Plague in India, 1896, 1897 - Volume 3
Year: 1896
Disease focus: Plague
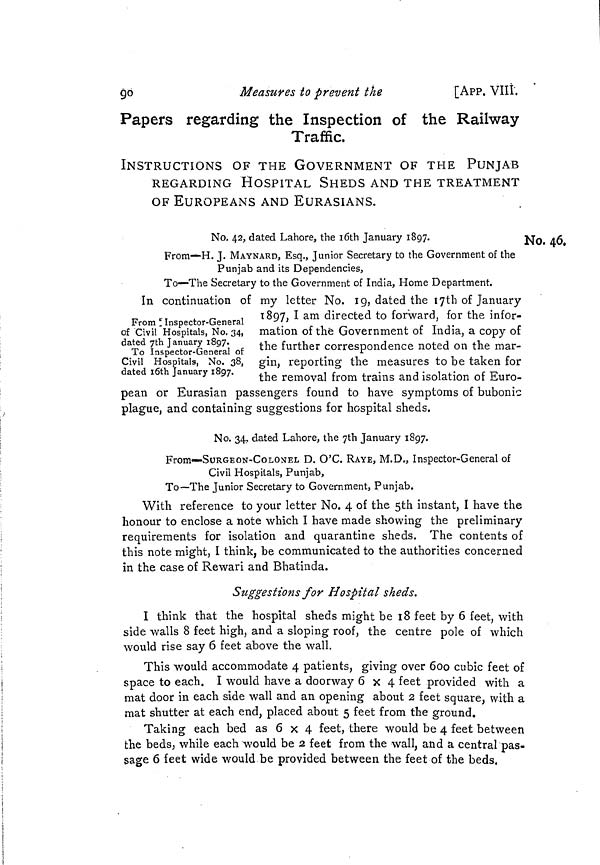
90
Measures to prevent the
[App. VIII.
Papers regarding the Inspection of the Railway
Traffic.
INSTRUCTIONS OF THE GOVERNMENT OF THE PUNJAB
REGARDING HOSPITAL SHEDS AND THE TREATMENT
OF EUROPEANS AND EURASIANS.
No. 46.
No. 42, dated Lahore, the 16th January 1897.
From—H. J. MAYNARD, Esq., Junior Secretary to the Government of the
Punjab and its Dependencies,
To—The Secretary to the Government of India, Home Department.
From "Inspector-General
of Civil Hospitals, No. 34,
dated 7th January 1897.
To Inspector-General of
Civil Hospitals, No. 38,
dated l0th January 1897.
In continuation of my letter No. 19, dated the 17th of January
1897, I am directed to forward, for the infor-
mation of the Government of India, a copy of
the further correspondence noted on the mar-
gin, reporting the measures to be taken for
the removal from trains and isolation of Euro-
pean or Eurasian passengers found to have symptoms of bubonic
plague, and containing suggestions for hospital sheds.
No. 34, dated Lahore, the 7th January 1897.
From—SURGEON-COLONEL D. O'C. RAYE, M.D., Inspector-General of
Civil Hospitals, Punjab,
To—The Junior Secretary to Government, Punjab.
With reference to your letter No. 4 of the 5th instant, I have the
honour to enclose a note which I have made showing the preliminary
requirements for isolation and quarantine sheds. The contents of
this note might, I think, be communicated to the authorities concerned
in the case of Rewari and Bhatinda.
Suggestions for Hospital sheds.
I think that the hospital sheds might be 18 feet by 6 feet, with
side walls 8 feet high, and a sloping roof, the centre pole of which
would rise say 6 feet above the wall.
This would accommodate 4 patients, giving over 600 cubic feet of
space to each. I would have a doorway 6x4 feet provided with a
mat door in each side wall and an opening about 2 feet square, with a
mat shutter at each end, placed about 5 feet from the ground.
Taking each bed as 6 x 4 feet, there would be 4 feet between
the beds, while each would be 2 feet from the wall, and a central pas-
sage 6 feet wide would be provided between the feet of the beds,